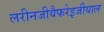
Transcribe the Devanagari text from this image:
लरीनजीयैफरेइजीयाल